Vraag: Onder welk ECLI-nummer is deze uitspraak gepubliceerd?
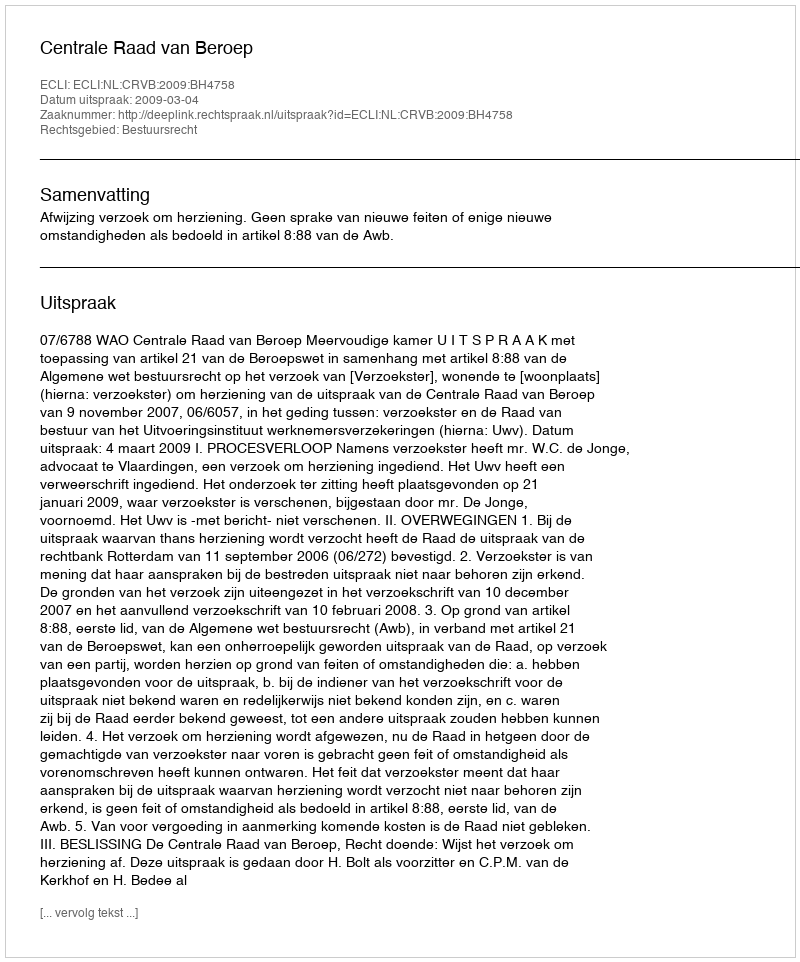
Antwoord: ECLI:NL:CRVB:2009:BH4758